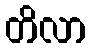
တိလာ